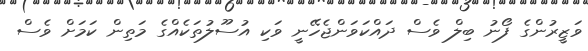
ވަޒީރުންގެ ފޯނު ބިލް ވެސް ދައްކަވަންޖެހޭނީ ވަކި އުސޫލުތަކެއްގެ މަތިން ކަމަށް ވެސް